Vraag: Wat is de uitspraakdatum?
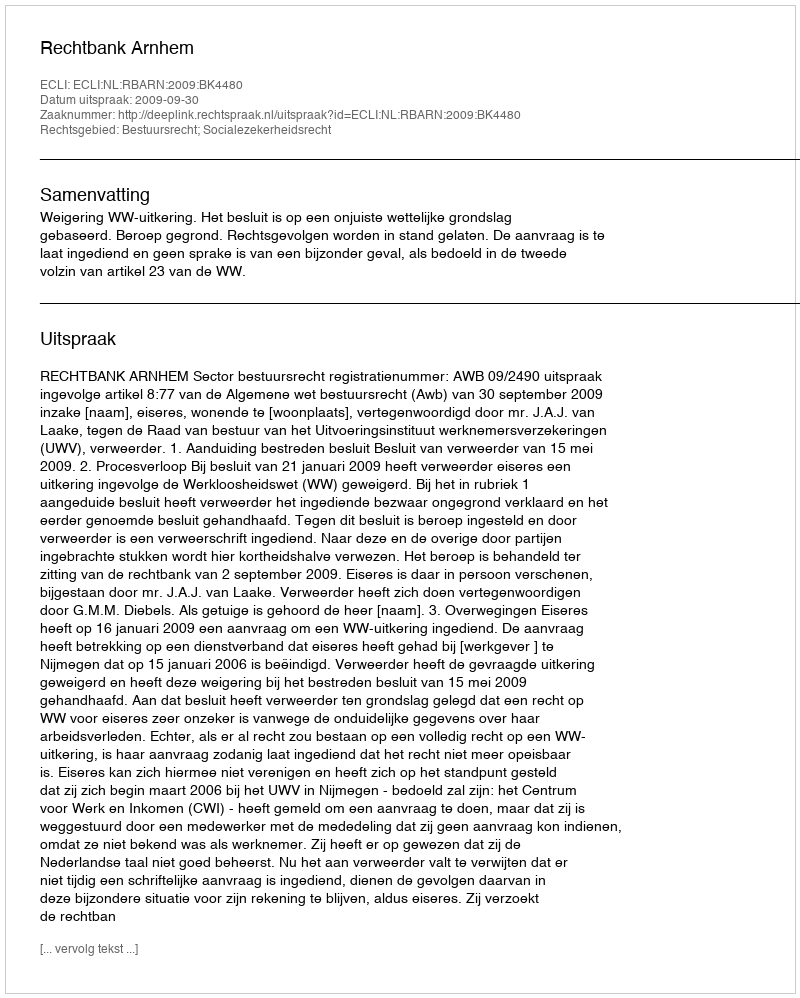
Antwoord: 2009-09-30